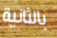
بالثانية